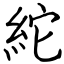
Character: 紽